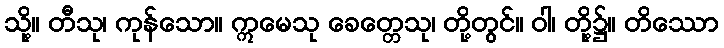
သို့။ တီသု၊ ကုန်သော။ ဣမေသု ခေတ္တေသု၊ တို့တွင်။ ဝါ၊ တို့၌။ တိဿော